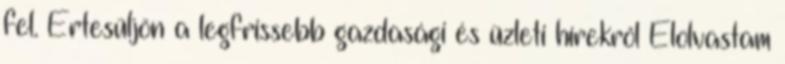
fel. Értesüljön a legfrissebb gazdasági és üzleti hírekről Elolvastam